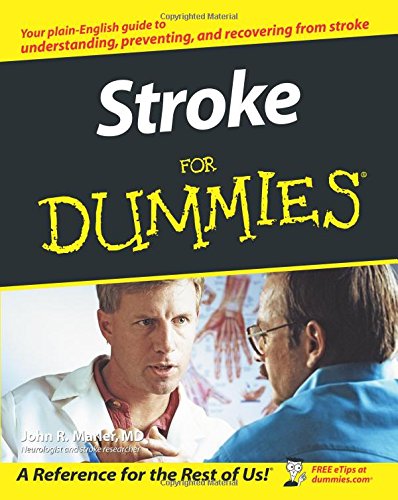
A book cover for Stroke For Dummies; John R. Marler; Health, Fitness & Dieting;